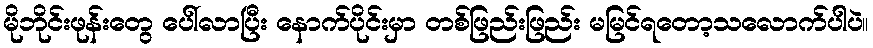
မိုဘိုင်းဖုန်းတွေ ပေါ်လာပြီး နောက်ပိုင်းမှာ တစ်ဖြည်းဖြည်း မမြင်ရတော့သလောက်ပါပဲ။